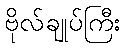
ဗိုလ်ချုပ်ကြီး